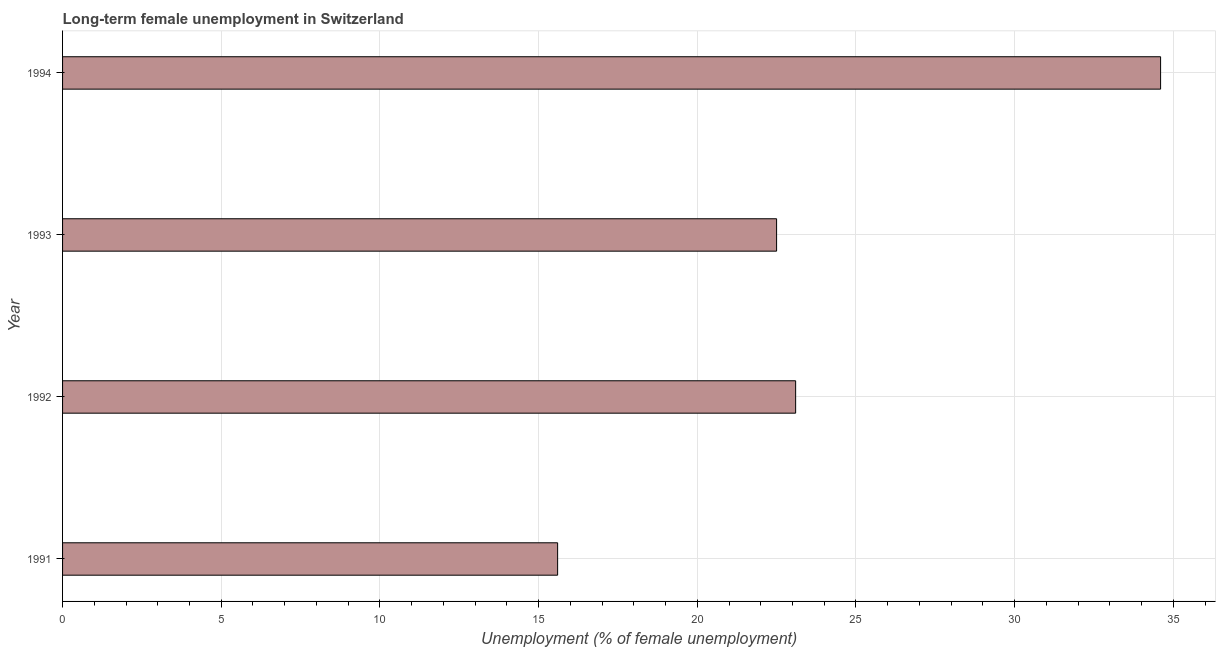
| Year | Long-term unemployment female |
 | --- | --- |
 | 1991 | 15.6 |
 | 1992 | 23.1 |
 | 1993 | 22.5 |
 | 1994 | 34.6 |